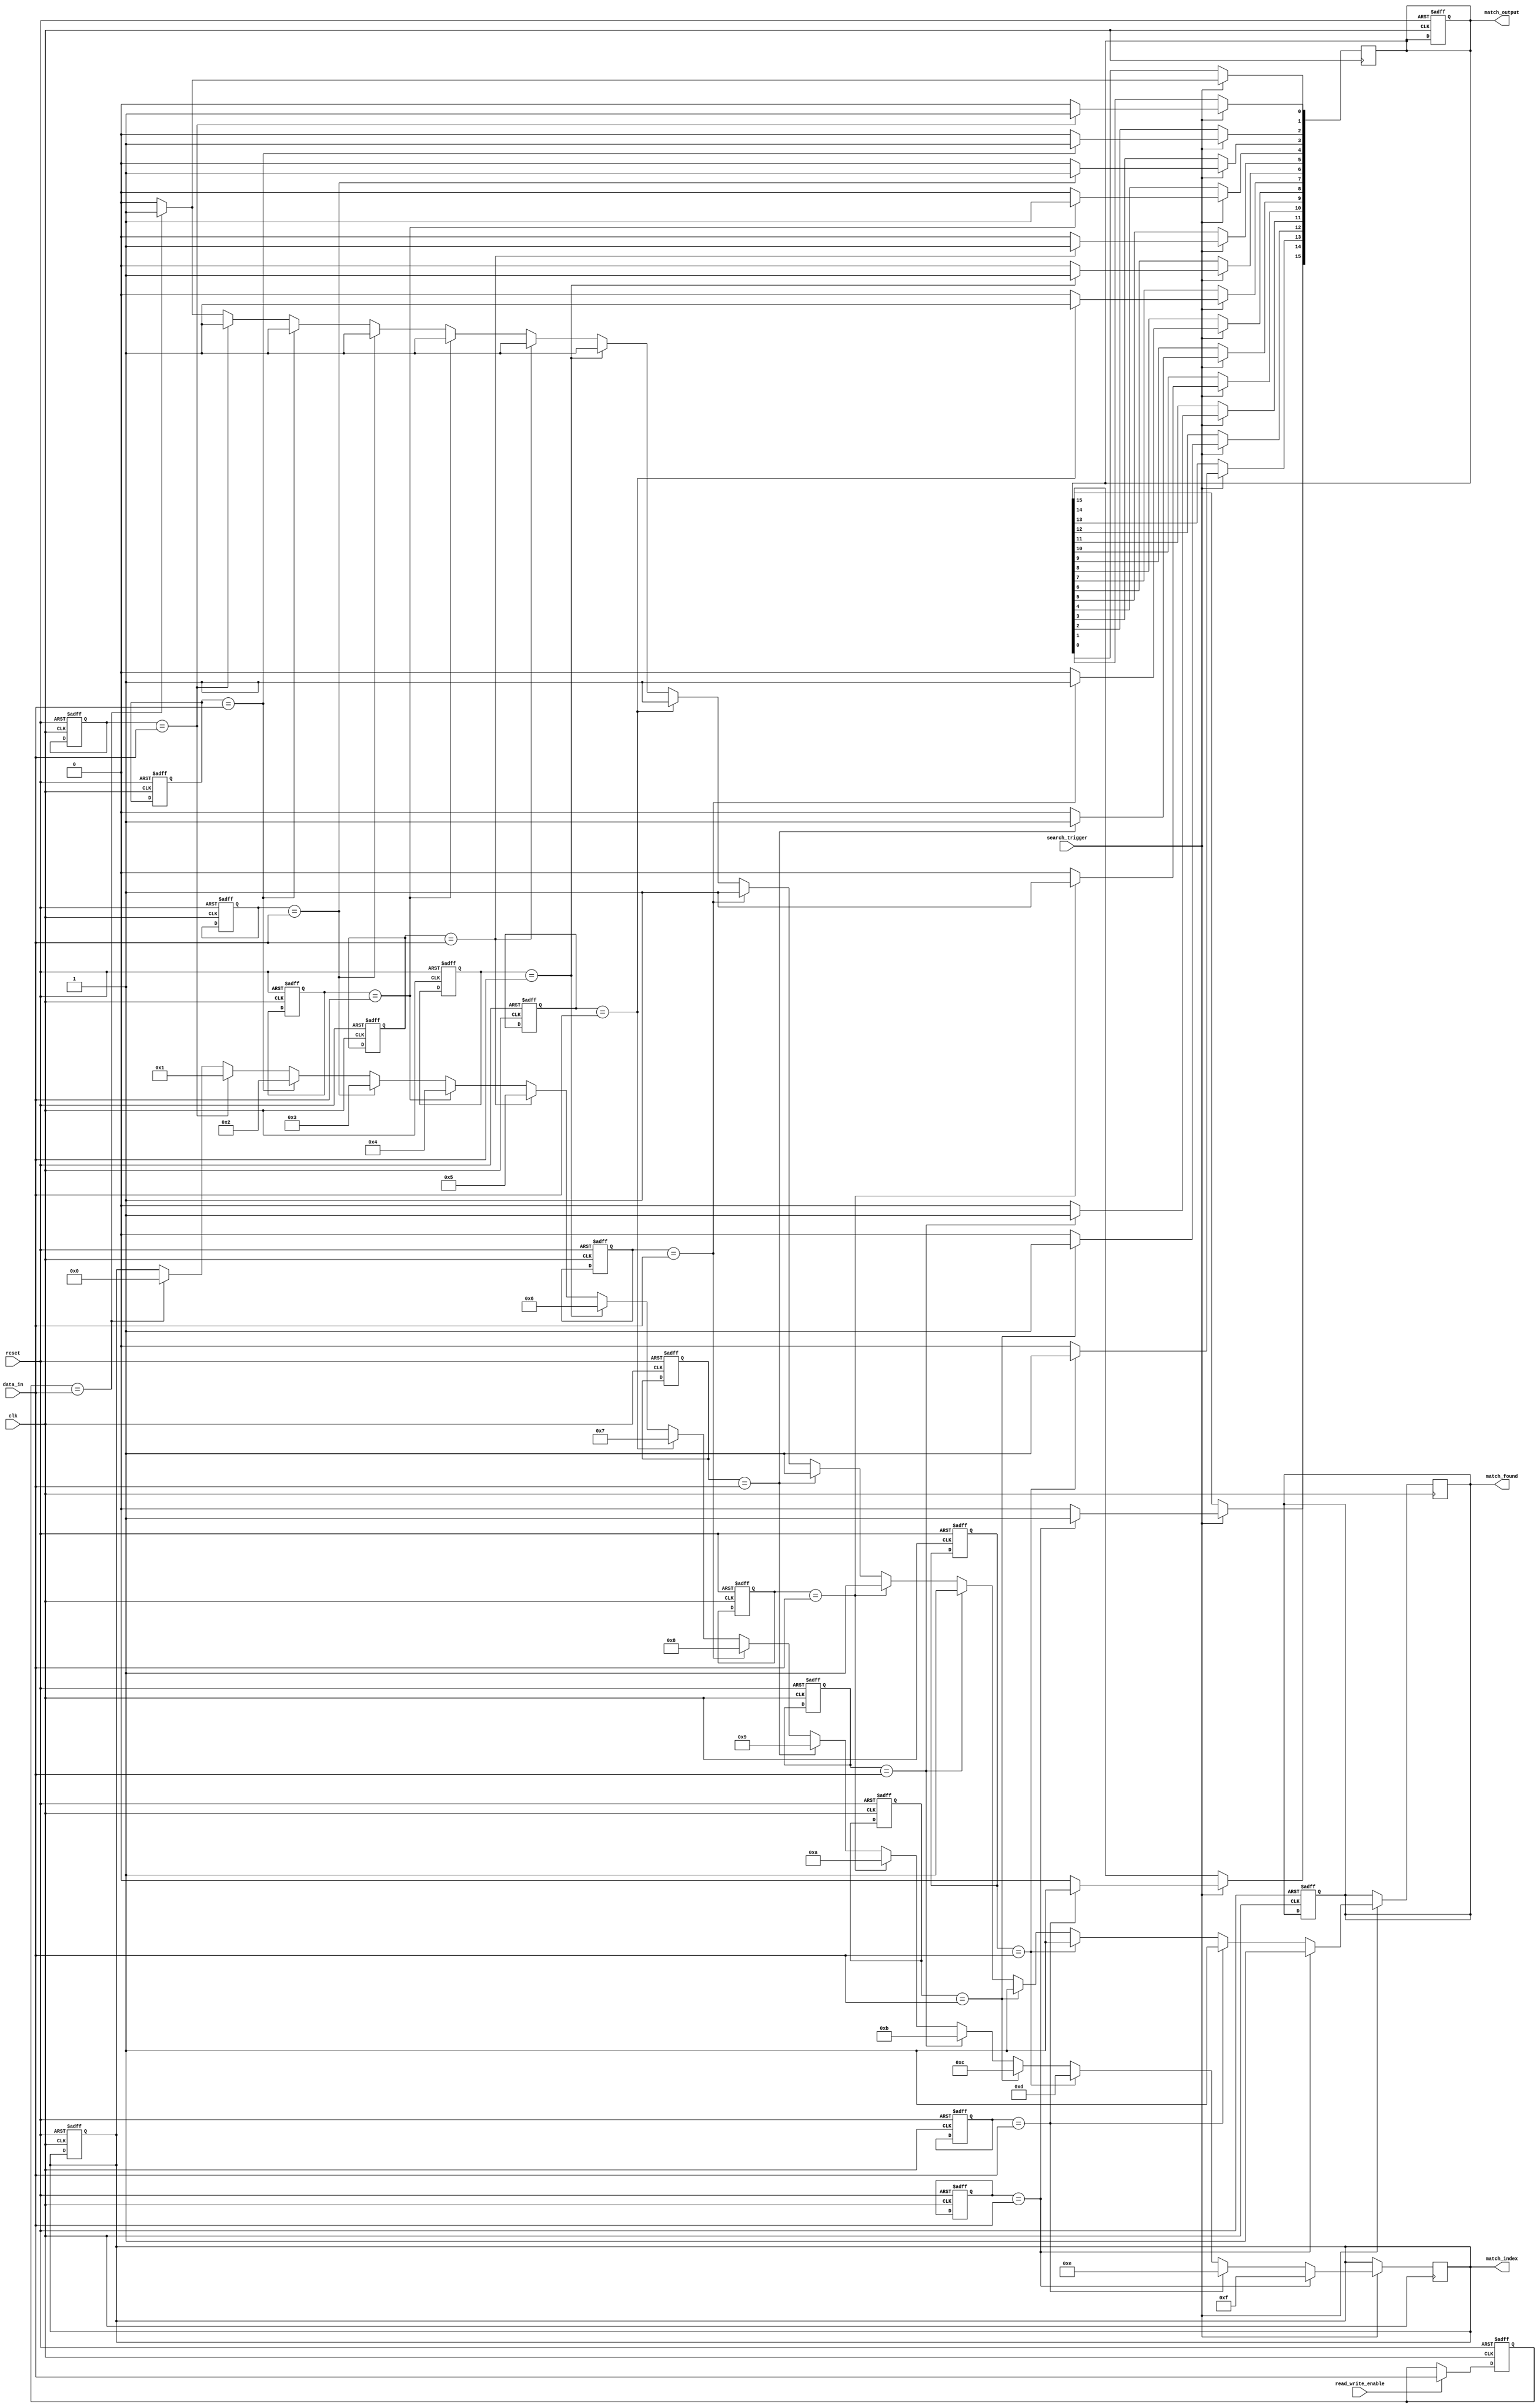
module flash_based_cam #(
    parameter WORD_LENGTH = 8,  // Number of bits per entry
    parameter DEPTH = 16         // Number of entries
)(
    input wire clk,
    input wire reset,
    input wire read_write_enable, // 1 for write, 0 for read
    input wire [WORD_LENGTH-1:0] data_in, // Data to write or search
    input wire search_trigger,     // Trigger for search operation
    output reg [DEPTH-1:0] match_output, // Match output (1 for match, 0 for no match)
    output reg [4:0] match_index, // Index of the matched entry
    output reg match_found         // Indicates if a match was found
);

    // Memory array to store entries
    reg [WORD_LENGTH-1:0] cam_memory [0:DEPTH-1];

    // Internal signals
    integer i;

    // Write operation
    always @(posedge clk or posedge reset) begin
        if (reset) begin
            // Initialize memory to zero on reset
            for (i = 0; i < DEPTH; i = i + 1) begin
                cam_memory[i] <= {WORD_LENGTH{1'b0}};
            end
            match_output <= {DEPTH{1'b0}};
            match_index <= 5'b0;
            match_found <= 1'b0;
        end else if (read_write_enable) begin
            // Write data to CAM (for simplicity, writing to the first entry)
            cam_memory[0] <= data_in; // You can modify this to write to specific entries
        end
    end

    // Search operation
    always @(posedge clk) begin
        if (search_trigger) begin
            match_found <= 1'b0;
            match_output <= {DEPTH{1'b0}};
            for (i = 0; i < DEPTH; i = i + 1) begin
                if (cam_memory[i] == data_in) begin
                    match_output[i] <= 1'b1; // Set match line for the matched entry
                    match_index <= i; // Store the index of the matched entry
                    match_found <= 1'b1; // Indicate that a match was found
                end
            end
        end
    end

endmodule